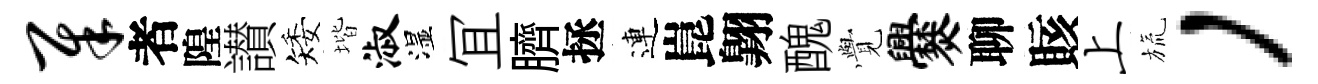
犀者隍讃矮堦淑湿冝臍拯連崑翺醜𮗜爨聊賅上旒，